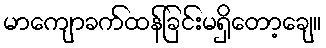
မာကျောခက်ထန်ခြင်းမရှိတော့ချေ။